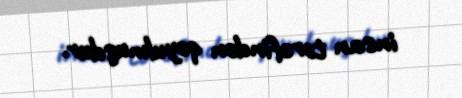
insan tərəfindən qoyulmuşdur.